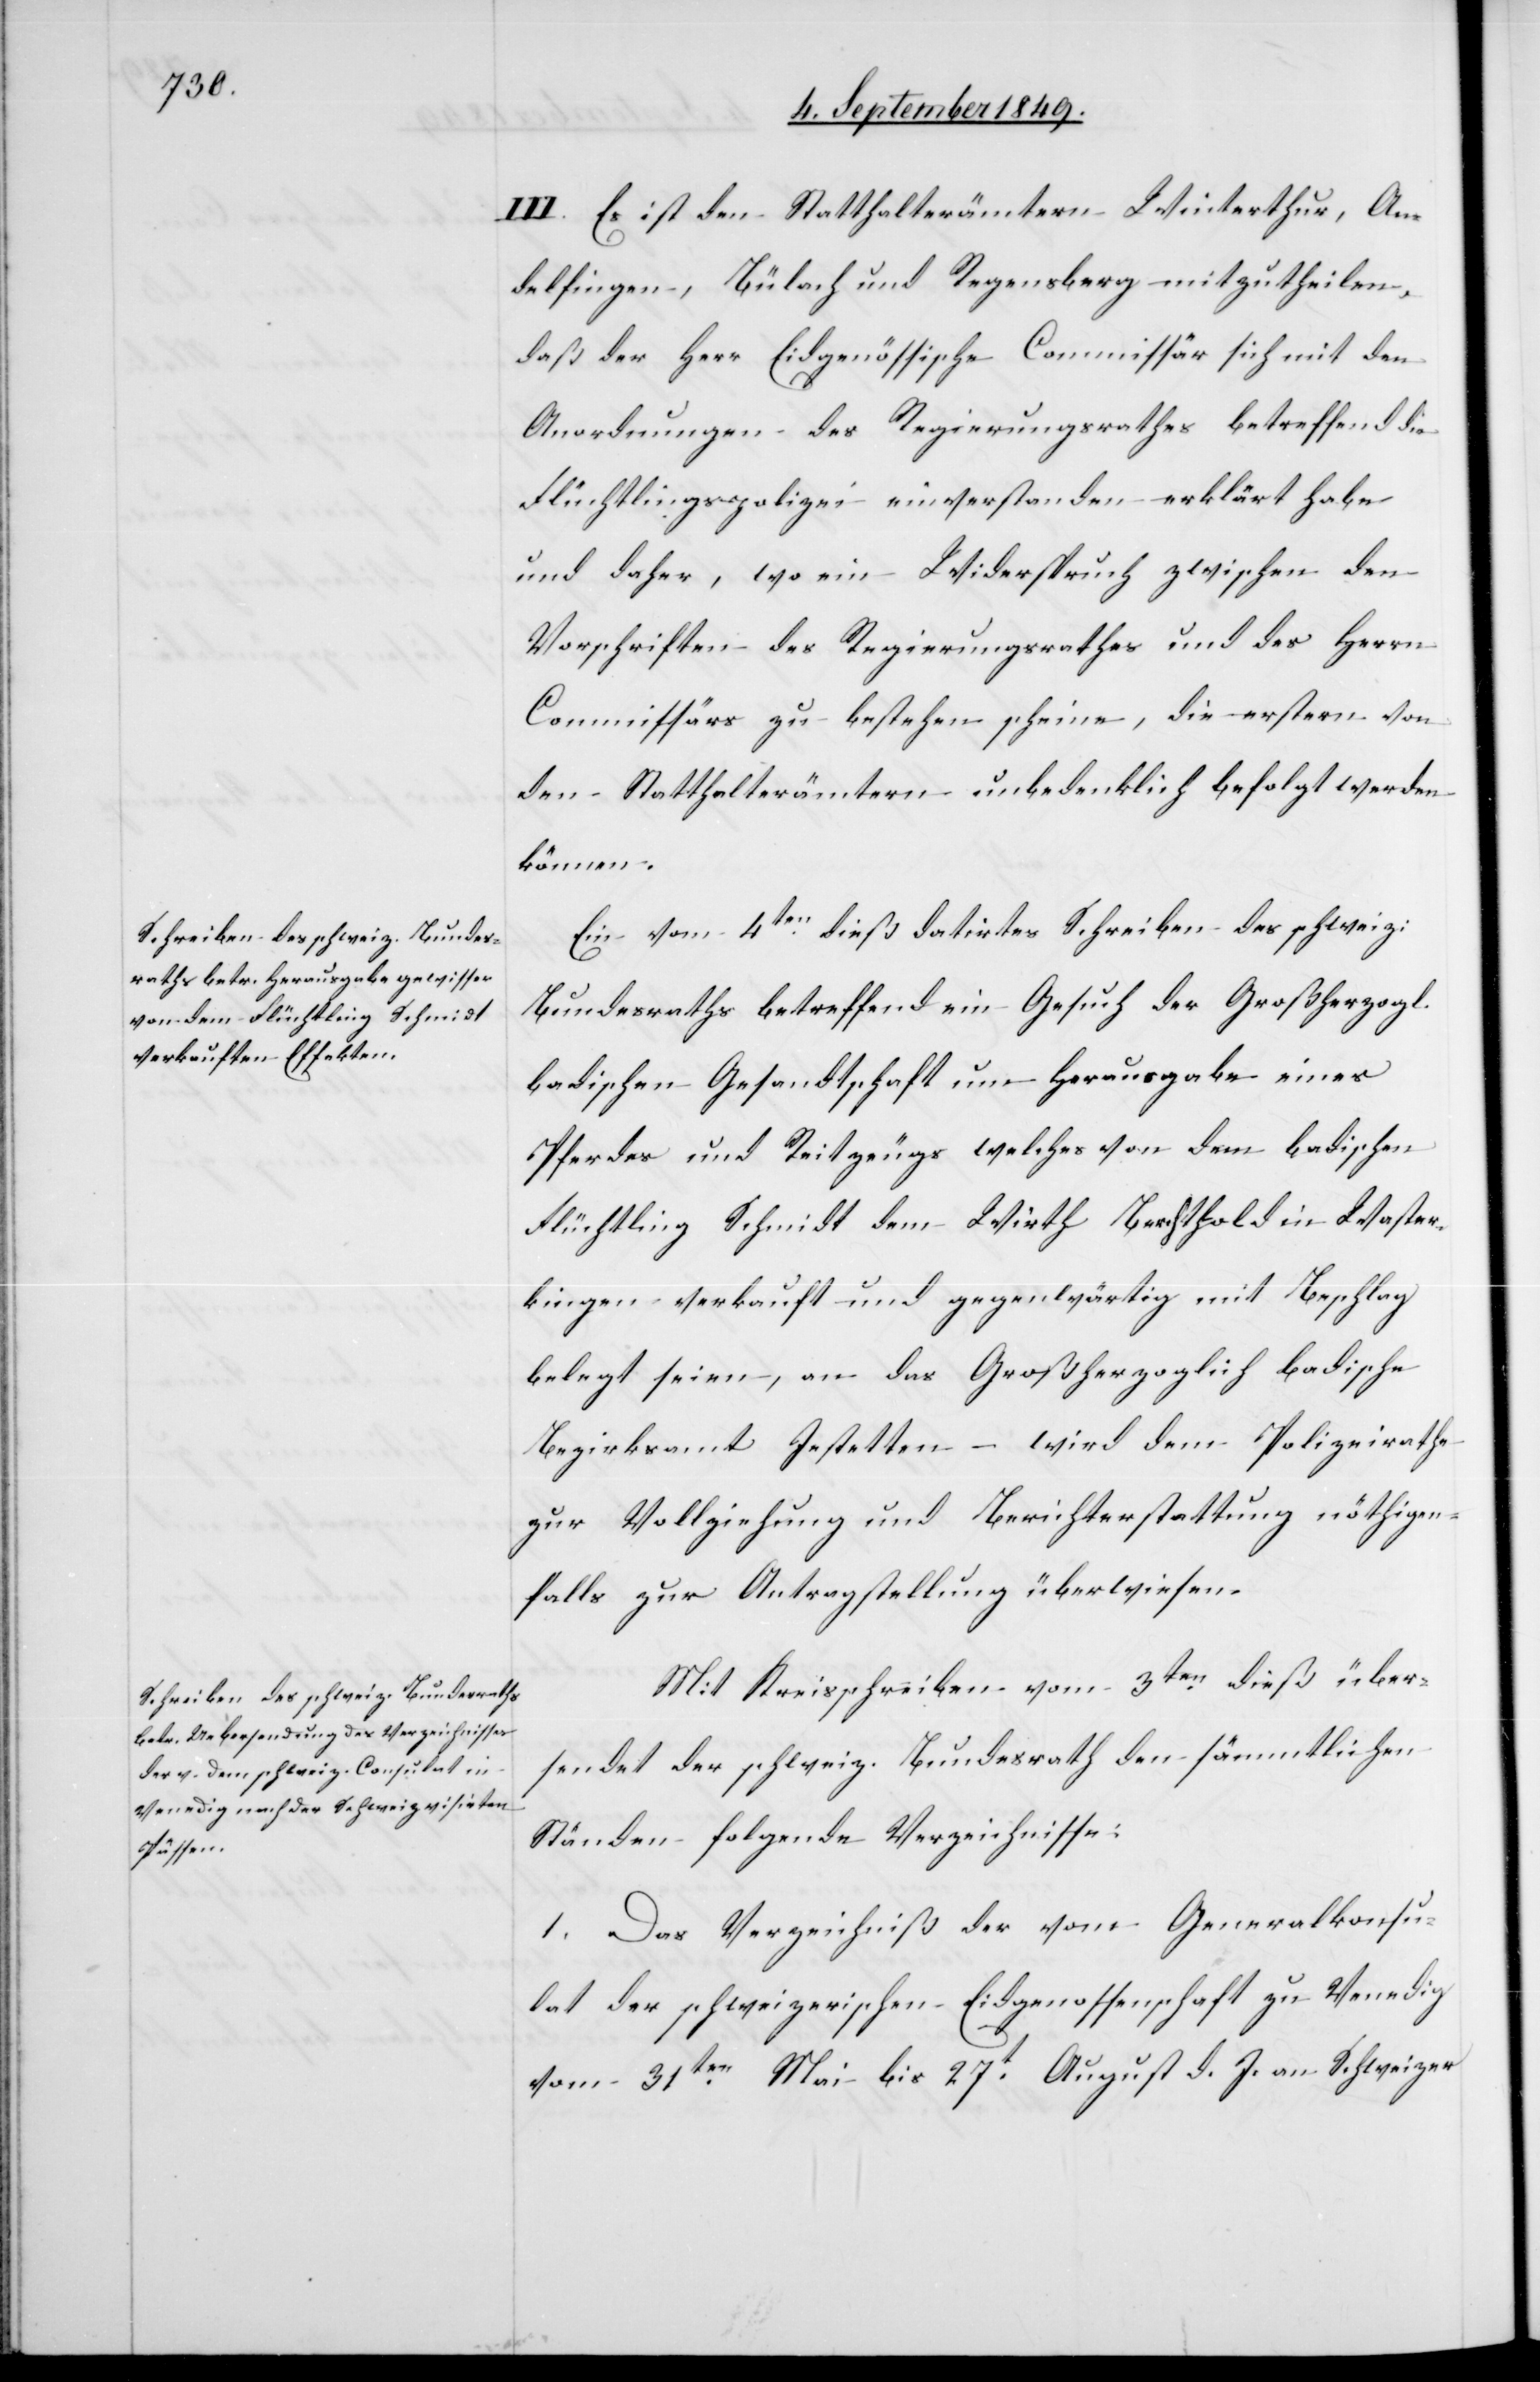
6t September 1849.]
III. Es ist den Statthalterämtern Winterthur, An¬
delfingen, Bülach und Regensberg mitzutheilen,
daß der Herr Eidgenössische Commissär sich mit den
Anordnungen des Regierungsrathes betreffend die
Flüchtlingspolizei einverstanden erklärt habe
und daher, wo ein Widerspruch zwischen den
Vorschriften des Regierungsrathes und des Herrn
Commissärs zu bestehen scheine, die erstern von
den Statthalterämtern unbedenklich befolgt werden
können.
Ein vom 4ten dieß datirtes Schreiben des schweiz:
Bundesraths betreffend ein Gesuch der Großherzogl.
badischen Gesandtschaft um Herausgabe eines
Pferdes und Reitzeugs welches von dem badischen
Flüchtling Schmidt dem Wirth Berchthold in Waster¬
kingen verkauft und gegenwärtig mit Beschlag
belegt seien, an das Großherzoglich badische
Bezirksamt Jestetten – wird dem Polizeirathe
zur Vollziehung und Berichterstattung nöthigen¬
falls zur Antragstellung überwiesen.
Mit Kreisschreiben vom 3ten dieß über¬
sendet der schweiz. Bundesrath den sämmtlichen
Ständen folgende Verzeichnisse:
1. Das Verzeichniß der vom Generalkonsu¬
lat der schweizerischen Eidgenossenschaft zu Venedig
vom 31ten Mai bis 27t August d. J. an Schweizer